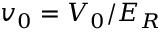
v _ { 0 } = V _ { 0 } / E _ { R }